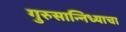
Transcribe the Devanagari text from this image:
गुरुसान्निध्याचा